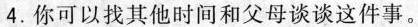
4.你可以找其他时间和父母谈谈这件事。